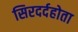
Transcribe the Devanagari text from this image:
सिरदर्दहोता